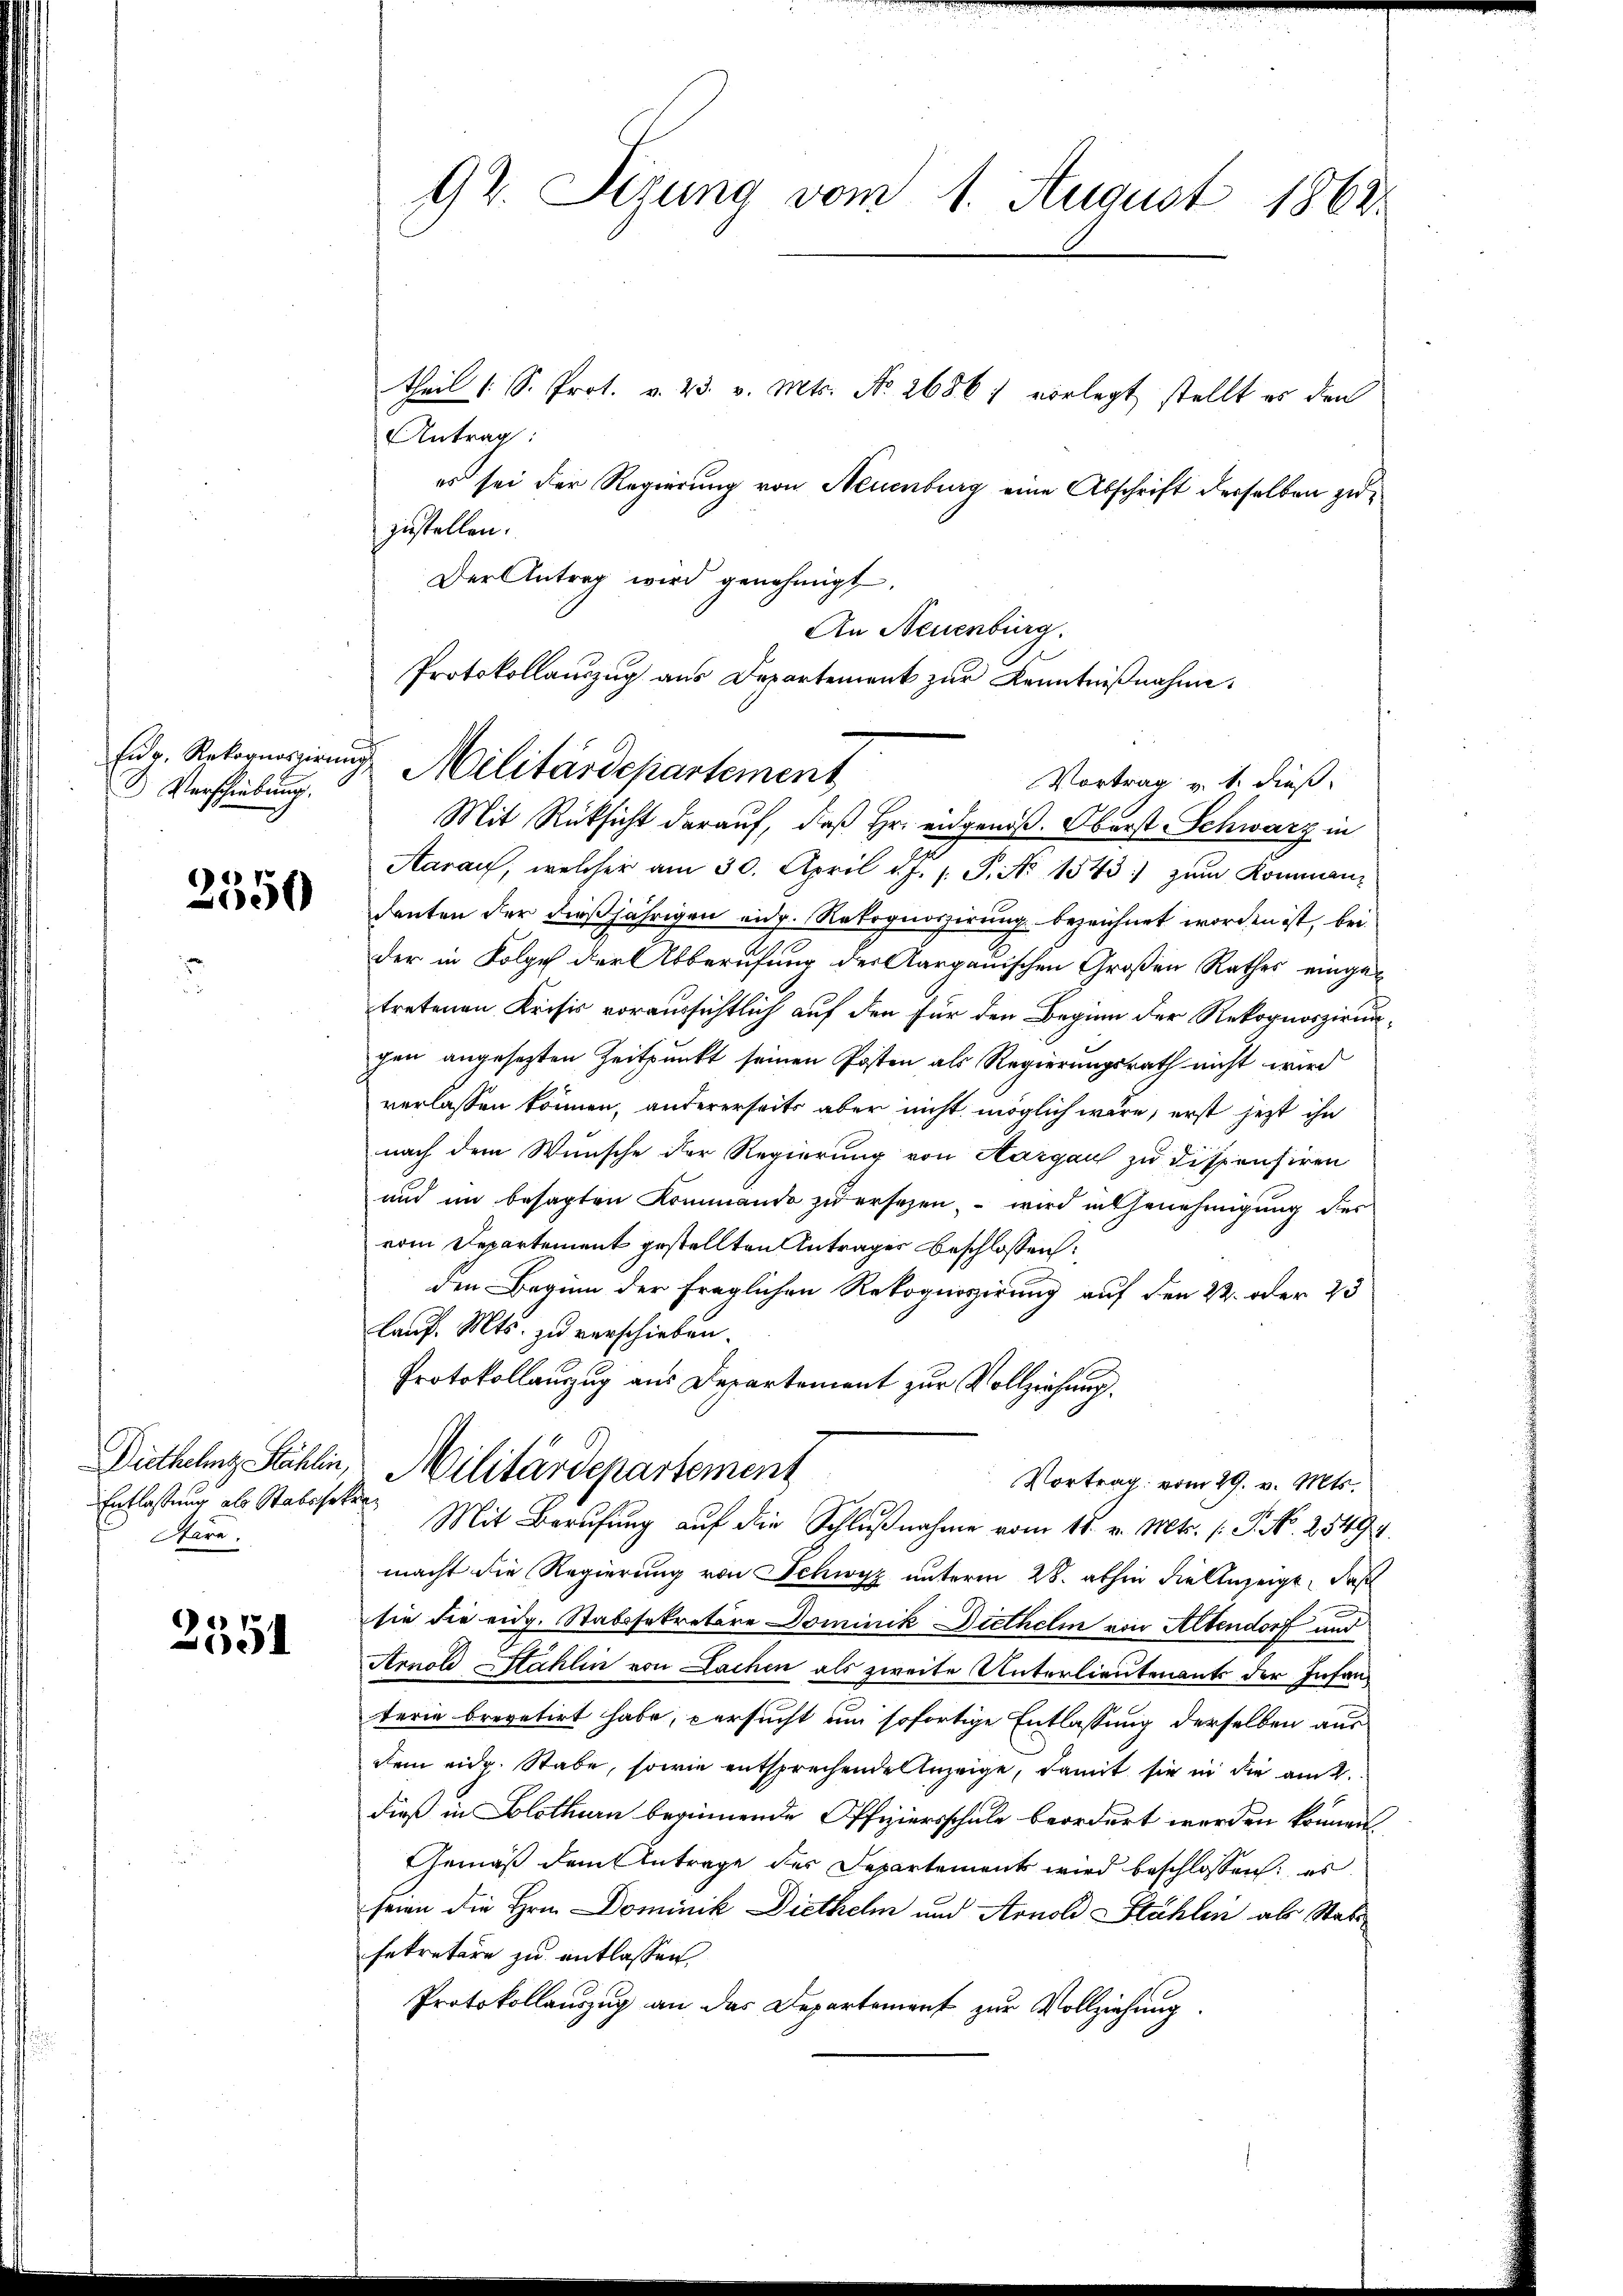
Verschiebung.

2350

Diethelnz Stählin,
Entlassung als Stabshat
Stare.

2551

92. Sizung vom 1. August 1862.

theil (: S. Prot. v. 23. v. Mts. No. 2686; vorlegt stellt es den
Antrag:
es sei der Regierung von Neuenburg eine Abschrift derselben zuzustellen.
Der Antrag wird genehmigt.
An Neuenburg.
Mit Rücksicht darauf, daß Hr. eidgenöß. Oberst Schwarz in
Aarauf, welcher am 30. April l. J. 1. P. Nr. 1543) zŭm Kommandanten der dießjährigen eidg. Rekognoszirung bezeichnet worden ist, bei
der in Folge der Abberufung des Aargauischen Großen Rathes eingetretenen Krisis voraussichtlich auf den für den Beginn der Rekognoszirunchen angesetzten Zeitpunkt seinen Posten als Regierungsrath nicht wird
verlassen können, andererseits aber nicht möglich wäre, erst jetzt ihn
nach dem Wunsche der Regierung von Aargau zu dispensiren
und im besagten Kommando zu ersezen, – wird in Genehmigung der
vom Departement gestellten Antrages beschlossen:
den Beginn der fraglichen Rekognoisirung auf den 24. oder 23
Lauf. Mts. zu verschieben.
Protokollauzug aus Departement zur Vollziehung.
Militärdepartement
Vortrag vom 29. v. Mts.
e
Mit Berufung auf die Schlußnahme vom 11. v. Mts. (T. No. 2549
macht die Regierung von Schwyz unterm 28. abhin die Anzeige, daß
sie die eidg. Stabssekretäre Dominik Diethelm von Altendorf und
Arnold Sahlin von Lachen als zweite Unterlieutenants der Infanterie brevetirt habe, versucht um sofortige Entlassung derselben aus
dem eidg. Stabe, sowie entsprechende Anzeige, damit sie in die am
dieß in Solothurn beginnende Offiziersschule beordert werden können.
Gemäß dem Antrage der Departement wird beschlossen: es
seien die Hrn. Dominik Diethelm und Arnold Stählen als Stabs
sekretäre zu entlassen,
Protokollauszug an das Departement zur Vollziehung

Protokollauszug aus Departement zur Kenntnißnahme.
Eŭr. Rekognoszirung Militärdepartement
Vortrag v. 4. dieß.